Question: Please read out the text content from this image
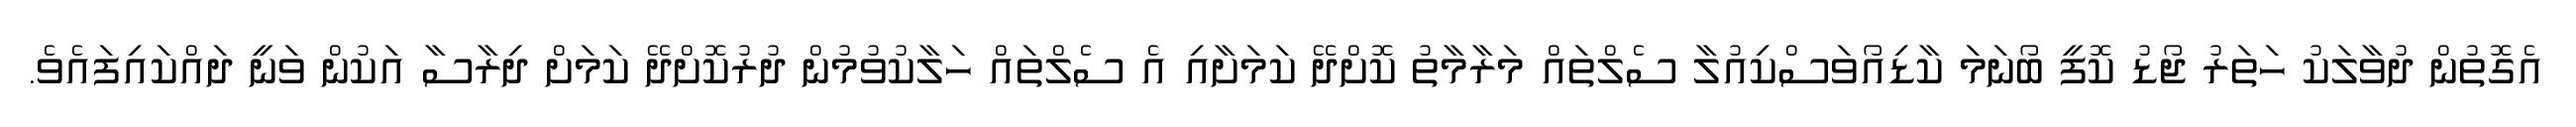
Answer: އެގޮތުން ދުވާލަކު ހަތަރު ޖޯޑު ކޮފީ ބޯނަމަ ކާޑިއޯވަސްކިއުލާ ސެލްތައް މަރާމާތު ކޮށްދޭ ކަމަށާއި އެ ސެލްތައް ހަލާކުވުމުން ދުރުކޮށްދޭ ކަމަށް ދިރާސާ އަކުން ވަނީ ދައްކައިފައެވެ.